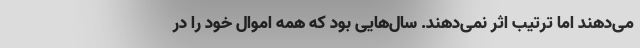
می‌دهند اما ترتیب اثر نمی‌دهند. سال‌هایی بود که همه اموال خود را در